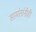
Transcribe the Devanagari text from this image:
सामंतांनीही